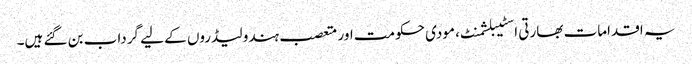
یہ اقدامات بھارتی اسٹیبلشمنٹ، مودی حکومت اور متعصب ہندو لیڈروں کے لیے گرداب بن گئے ہیں۔